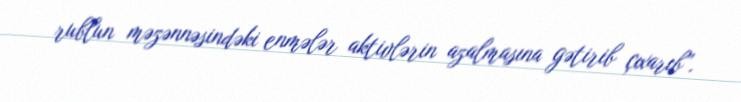
rublun məzənnəsindəki enmələr aktivlərin azalmasına gətirib çıxarıb”.